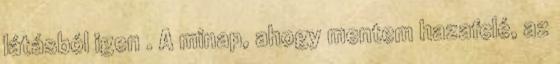
látásból igen . A minap, ahogy mentem hazafelé, az